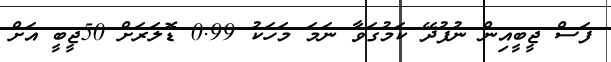
ފަސް ޖީބީއިން ނުފުދޭ ކަމުގަވާ ނަމަ މަހަކު 0.99 ޑޮލަރަށް 50ޖީބީ އަށް